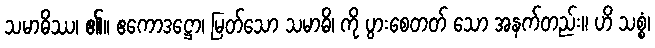
သမာဓိဿ၊ ၏။ ဧကောဒဋ္ဌော၊ မြတ်သော သမာဓိ၊ ကို ပွားစေတတ် သော အနက်တည်း။ ဟိ သစ္စံ၊